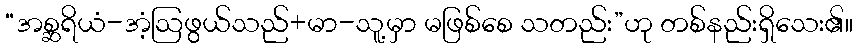
“အစ္ဆရိယံ-အံ့ဩဖွယ်သည်+မာ-သူ့မှာ မဖြစ်စေ သတည်း”ဟု တစ်နည်းရှိသေး၏။